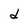
Character: d